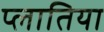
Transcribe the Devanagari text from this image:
प्लातिया